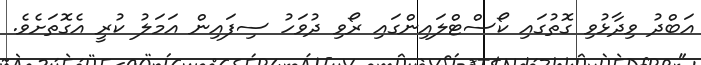
އަބްދު ވިދާޅުވި ގޮތުގައި ކޯސްޓްލައިންގައި ރޯވި ދުވަހު ސިފައިން އަމަލު ކުރީ އެގޮތަށެވެ.